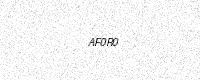
Text: AF0R0